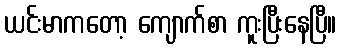
ယင်းမာကတော့ ကျောက်စာ ကူးပြီးနေပြီ။